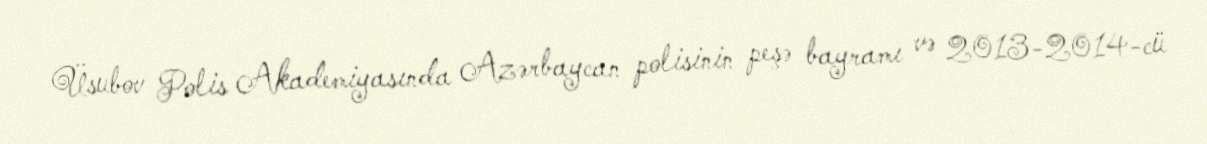
Üsubov Polis Akademiyasında Azərbaycan polisinin peşə bayramı və 2013-2014-cü